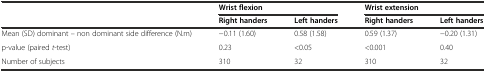
<table><thead><tr><td></td><td colspan="2"><b>Wrist flexion</b></td><td colspan="2"><b>Wrist extension</b></td></tr><tr><td></td><td><b>Right handers</b></td><td><b>Left handers</b></td><td><b>Right handers</b></td><td><b>Left handers</b></td></tr></thead><tbody><tr><td>Mean (SD) dominant – non dominant side difference (N.m)</td><td>−0.11 (1.60)</td><td>0.58 (1.58)</td><td>0.59 (1.37)</td><td>−0.20 (1.31)</td></tr><tr><td>p-value (paired <i>t</i>-test)</td><td>0.23</td><td>&lt;0.05</td><td>&lt;0.001</td><td>0.40</td></tr><tr><td>Number of subjects</td><td>310</td><td>32</td><td>310</td><td>32</td></tr></tbody></table>